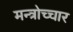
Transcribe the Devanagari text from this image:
मन्त्रोच्चार